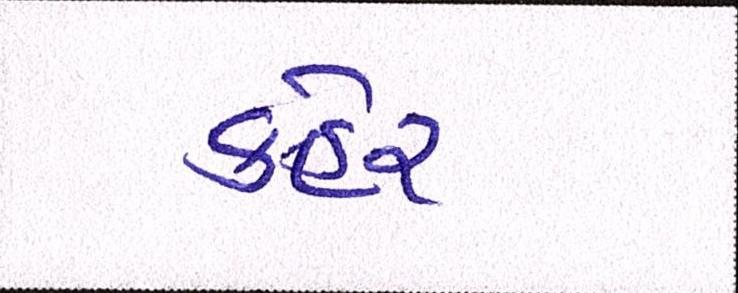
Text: કહેર